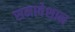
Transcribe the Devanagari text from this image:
समावेशान